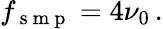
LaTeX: f_{\mathrm{~s~m~p~}}=4\nu_{0}\, .